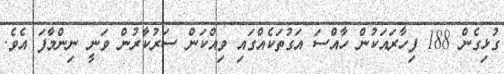
ގުޅިގެން 188 ފިހާރައަކުން ހާއްސަ އަގުތަކެއްގައި ވިއްކަން ސަރުކާރުން ވަނީ ނިންމާފަ އެވެ.